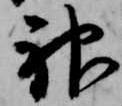
神